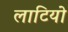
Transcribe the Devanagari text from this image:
लाटियो